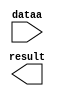
// megafunction wizard: %LPM_MULT%VBB%
// GENERATION: STANDARD
// VERSION: WM1.0
// MODULE: lpm_mult 

// ============================================================
// Megafunction Name(s):
// 			lpm_mult
//
// Simulation Library Files(s):
// 			lpm
// ============================================================
// ************************************************************
// THIS IS A WIZARD-GENERATED FILE. DO NOT EDIT THIS FILE!
//
// 13.0.1 Build 232 06/12/2013 SP 1 SJ Full Version
// ************************************************************

//Copyright (C) 1991-2013 Altera Corporation
//Your use of Altera Corporation's design tools, logic functions 
//and other software and tools, and its AMPP partner logic 
//functions, and any output files from any of the foregoing 
//(including device programming or simulation files), and any 
//associated documentation or information are expressly subject 
//to the terms and conditions of the Altera Program License 
//Subscription Agreement, Altera MegaCore Function License 
//Agreement, or other applicable license agreement, including, 
//without limitation, that your use is for the sole purpose of 
//programming logic devices manufactured by Altera and sold by 
//Altera or its authorized distributors.  Please refer to the 
//applicable agreement for further details.

module MULT (
	dataa,
	result);

	input	[9:0]  dataa;
	output	[23:0]  result;

endmodule

// ============================================================
// CNX file retrieval info
// ============================================================
// Retrieval info: PRIVATE: AutoSizeResult NUMERIC "0"
// Retrieval info: PRIVATE: B_isConstant NUMERIC "1"
// Retrieval info: PRIVATE: ConstantB NUMERIC "10000"
// Retrieval info: PRIVATE: INTENDED_DEVICE_FAMILY STRING "Cyclone III"
// Retrieval info: PRIVATE: LPM_PIPELINE NUMERIC "0"
// Retrieval info: PRIVATE: Latency NUMERIC "0"
// Retrieval info: PRIVATE: SYNTH_WRAPPER_GEN_POSTFIX STRING "0"
// Retrieval info: PRIVATE: SignedMult NUMERIC "0"
// Retrieval info: PRIVATE: USE_MULT NUMERIC "1"
// Retrieval info: PRIVATE: ValidConstant NUMERIC "1"
// Retrieval info: PRIVATE: WidthA NUMERIC "10"
// Retrieval info: PRIVATE: WidthB NUMERIC "14"
// Retrieval info: PRIVATE: WidthP NUMERIC "24"
// Retrieval info: PRIVATE: aclr NUMERIC "0"
// Retrieval info: PRIVATE: clken NUMERIC "0"
// Retrieval info: PRIVATE: new_diagram STRING "1"
// Retrieval info: PRIVATE: optimize NUMERIC "0"
// Retrieval info: LIBRARY: lpm lpm.lpm_components.all
// Retrieval info: CONSTANT: LPM_HINT STRING "INPUT_B_IS_CONSTANT=YES,MAXIMIZE_SPEED=5"
// Retrieval info: CONSTANT: LPM_REPRESENTATION STRING "UNSIGNED"
// Retrieval info: CONSTANT: LPM_TYPE STRING "LPM_MULT"
// Retrieval info: CONSTANT: LPM_WIDTHA NUMERIC "10"
// Retrieval info: CONSTANT: LPM_WIDTHB NUMERIC "14"
// Retrieval info: CONSTANT: LPM_WIDTHP NUMERIC "24"
// Retrieval info: USED_PORT: dataa 0 0 10 0 INPUT NODEFVAL "dataa[9..0]"
// Retrieval info: USED_PORT: result 0 0 24 0 OUTPUT NODEFVAL "result[23..0]"
// Retrieval info: CONNECT: @dataa 0 0 10 0 dataa 0 0 10 0
// Retrieval info: CONNECT: @datab 0 0 14 0 10000 0 0 14 0
// Retrieval info: CONNECT: result 0 0 24 0 @result 0 0 24 0
// Retrieval info: GEN_FILE: TYPE_NORMAL MULT.v TRUE
// Retrieval info: GEN_FILE: TYPE_NORMAL MULT.inc FALSE
// Retrieval info: GEN_FILE: TYPE_NORMAL MULT.cmp FALSE
// Retrieval info: GEN_FILE: TYPE_NORMAL MULT.bsf FALSE
// Retrieval info: GEN_FILE: TYPE_NORMAL MULT_inst.v FALSE
// Retrieval info: GEN_FILE: TYPE_NORMAL MULT_bb.v TRUE
// Retrieval info: LIB_FILE: lpm